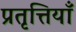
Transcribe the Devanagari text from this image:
प्रतृत्तियाँ